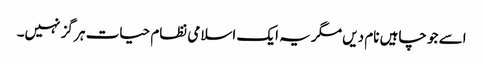
اسے جو چاہیں نام دیں مگر یہ ایک اسلامی نظام حیات ہر گز نہیں۔